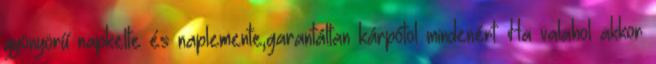
gyönyörű napkelte és naplemente,garantáltan kárpótol mindenért. Ha valahol akkor